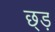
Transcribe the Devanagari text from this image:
छ्ड़